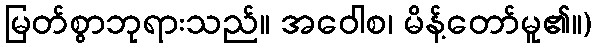
မြတ်စွာဘုရားသည်။ အဝေါစ၊ မိန့်တော်မူ၏။)